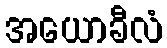
အယောခီလံ